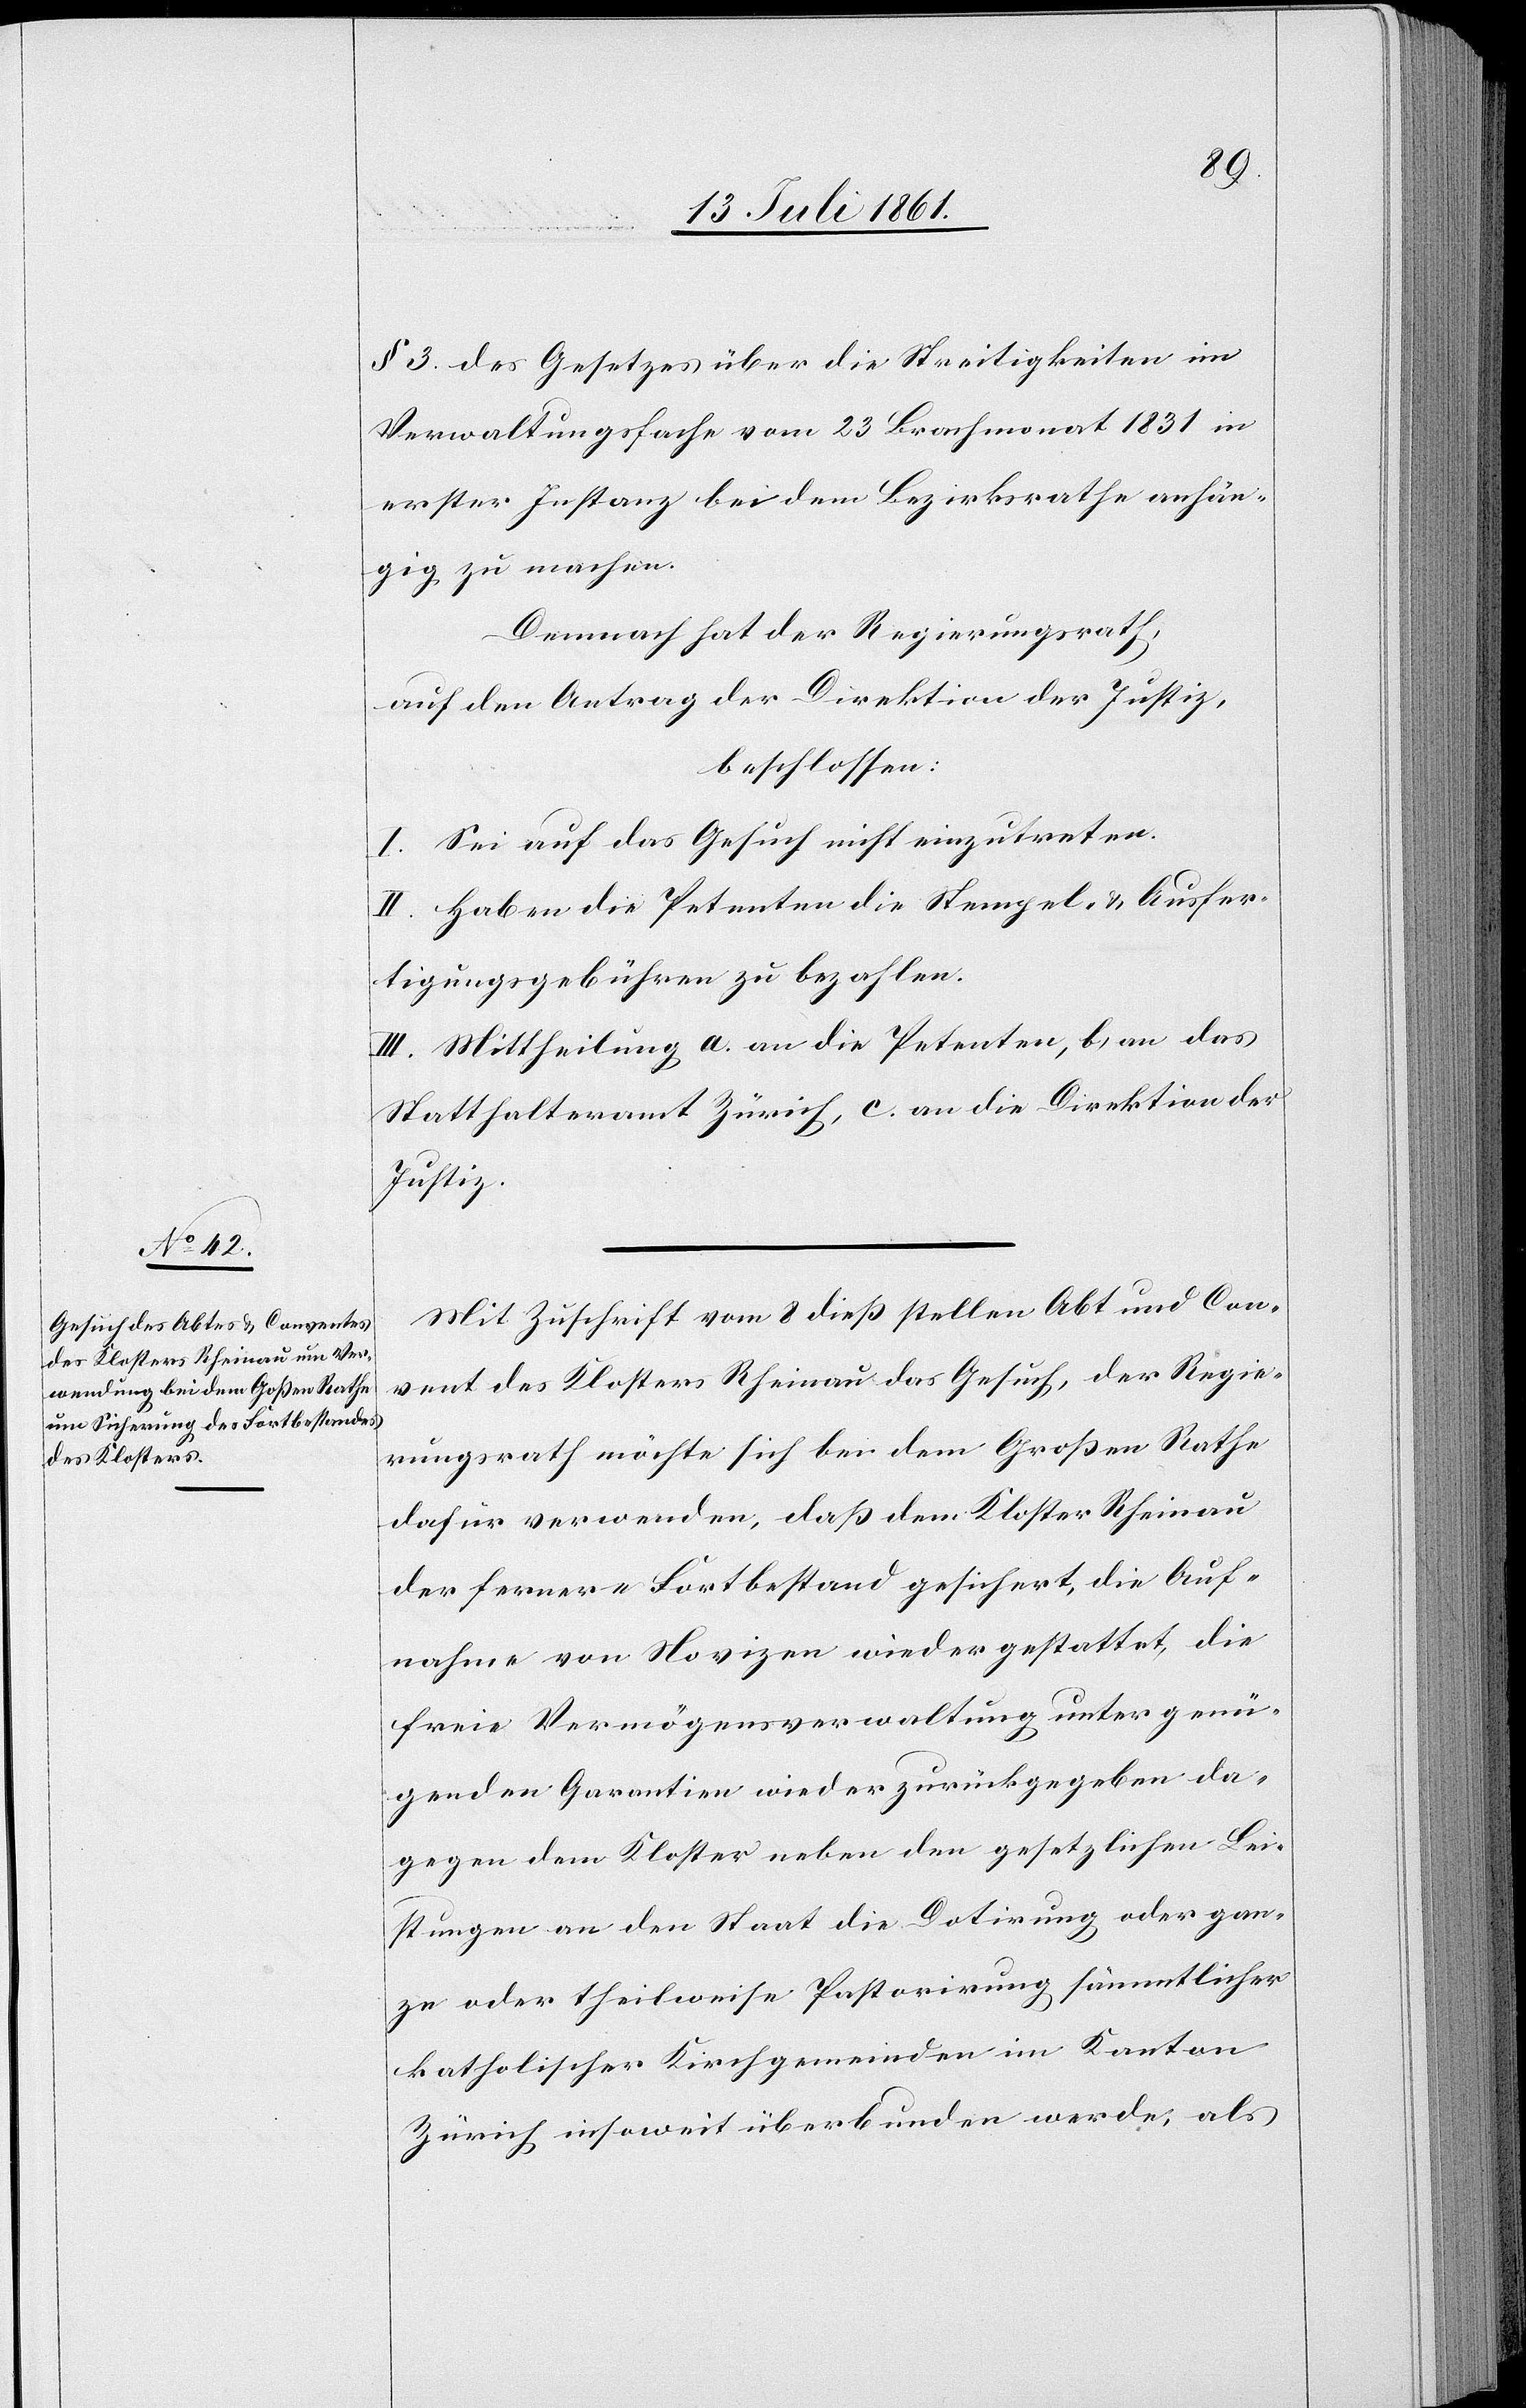
§ 3 des Gesetzes über die Streitigkeit im
Verwaltungsfache vom 23 Brachmonat 1831 in
erster Instanz bei dem Bezirksrathe anhän¬
gig zu machen.
Demnach hat der Regierungsrath,
auf den Antrag der Direktion der Justiz,
beschlossen:
I. Sei auf das Gesuch nicht einzutreten.
II. Haben die Petenten die Stempel- u. Ausfer¬
tigungsgebühren zu bezahlen.
III. Mittheilung a. an die Petenten, b. an das
Statthalteramt Zürich, c. an die Direktion der
Justiz.
Mit Zuschrift vom 8 dieß stellen Abt und Con¬
vent des Klosters Rheinau das Gesuch, der Regie¬
rungsrath möchte sich bei dem Großen Rathe
dafür verwenden, daß dem Kloster Rheinau
der fernere Fortbestand gesichert, die Auf¬
nahme von Novizen wieder gestattet, die
freie Vermögensverwaltung unter genü¬
genden Garantien wieder zurückgegeben da¬
gegen dem Kloster neben den gesetzlichen Lei¬
stungen an den Staat die Datirung oder gan¬
ze oder theilweise Pastorirung sämmtlicher
katholischer Kirchgemeinden im Kanton
Zürich insoweit überbunden werde, als